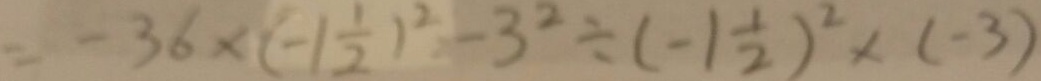
= - 3 6 \times ( - 1 \frac { 1 } { 2 } ) ^ { 2 } - 3 ^ { 2 } \div ( - 1 \frac { 1 } { 2 } ) ^ { 2 } \times ( - 3 )